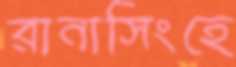
রানাসিংহে